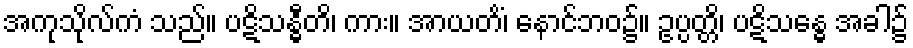
အကုသိုလ်ကံ သည်။ ပဋိသန္ဓီတိ၊ ကား။ အာယတိံ၊ နောင်ဘဝ၌။ ဥပ္ပတ္တိ၊ ပဋိသန္ဓေ အခါ၌